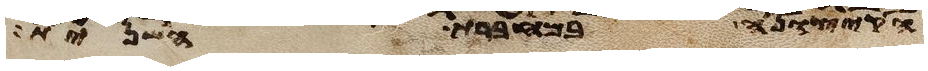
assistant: הקצונה במחברת השנית